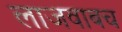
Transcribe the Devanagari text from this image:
लाजवाबच